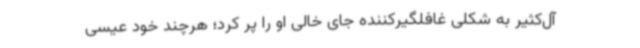
آل‌کثیر به شکلی غافلگیرکننده جای خالی او را پر کرد؛ هرچند خود عیسی